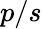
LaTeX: p/s